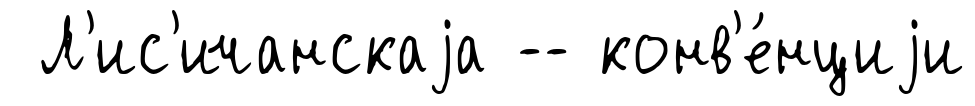
Л'ис'ичанскаjа -- конв'е́нциjи